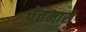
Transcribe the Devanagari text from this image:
चेत्तमासे